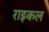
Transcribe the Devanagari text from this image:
राइकल